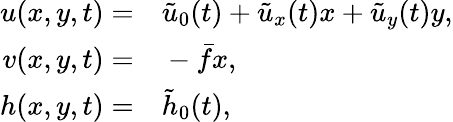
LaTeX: \begin{array}{rl}{{u}(x,y,t)=}&{{}\tilde{u}_{0}(t)+\tilde{u}_{x}(t)x+\tilde{u}_{y}(t)y,}\\ {{v}(x,y,t)=}&{{}-\bar{f}x,}\\ {{h}(x,y,t)=}&{{}\tilde{h}_{0}(t),}\end{array}